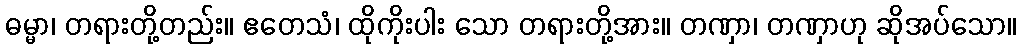
ဓမ္မာ၊ တရားတို့တည်း။ ဧတေသံ၊ ထိုကိုးပါး သော တရားတို့အား။ တဏှာ၊ တဏှာဟု ဆိုအပ်သော။